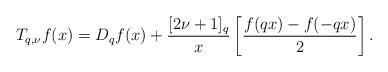
\begin{align*}T_{q,\nu}f(x)=D_qf(x)+\frac{[2\nu+1]_q}{x}\left[\frac{f(qx)-f(-qx)}{2}\right].\end{align*}